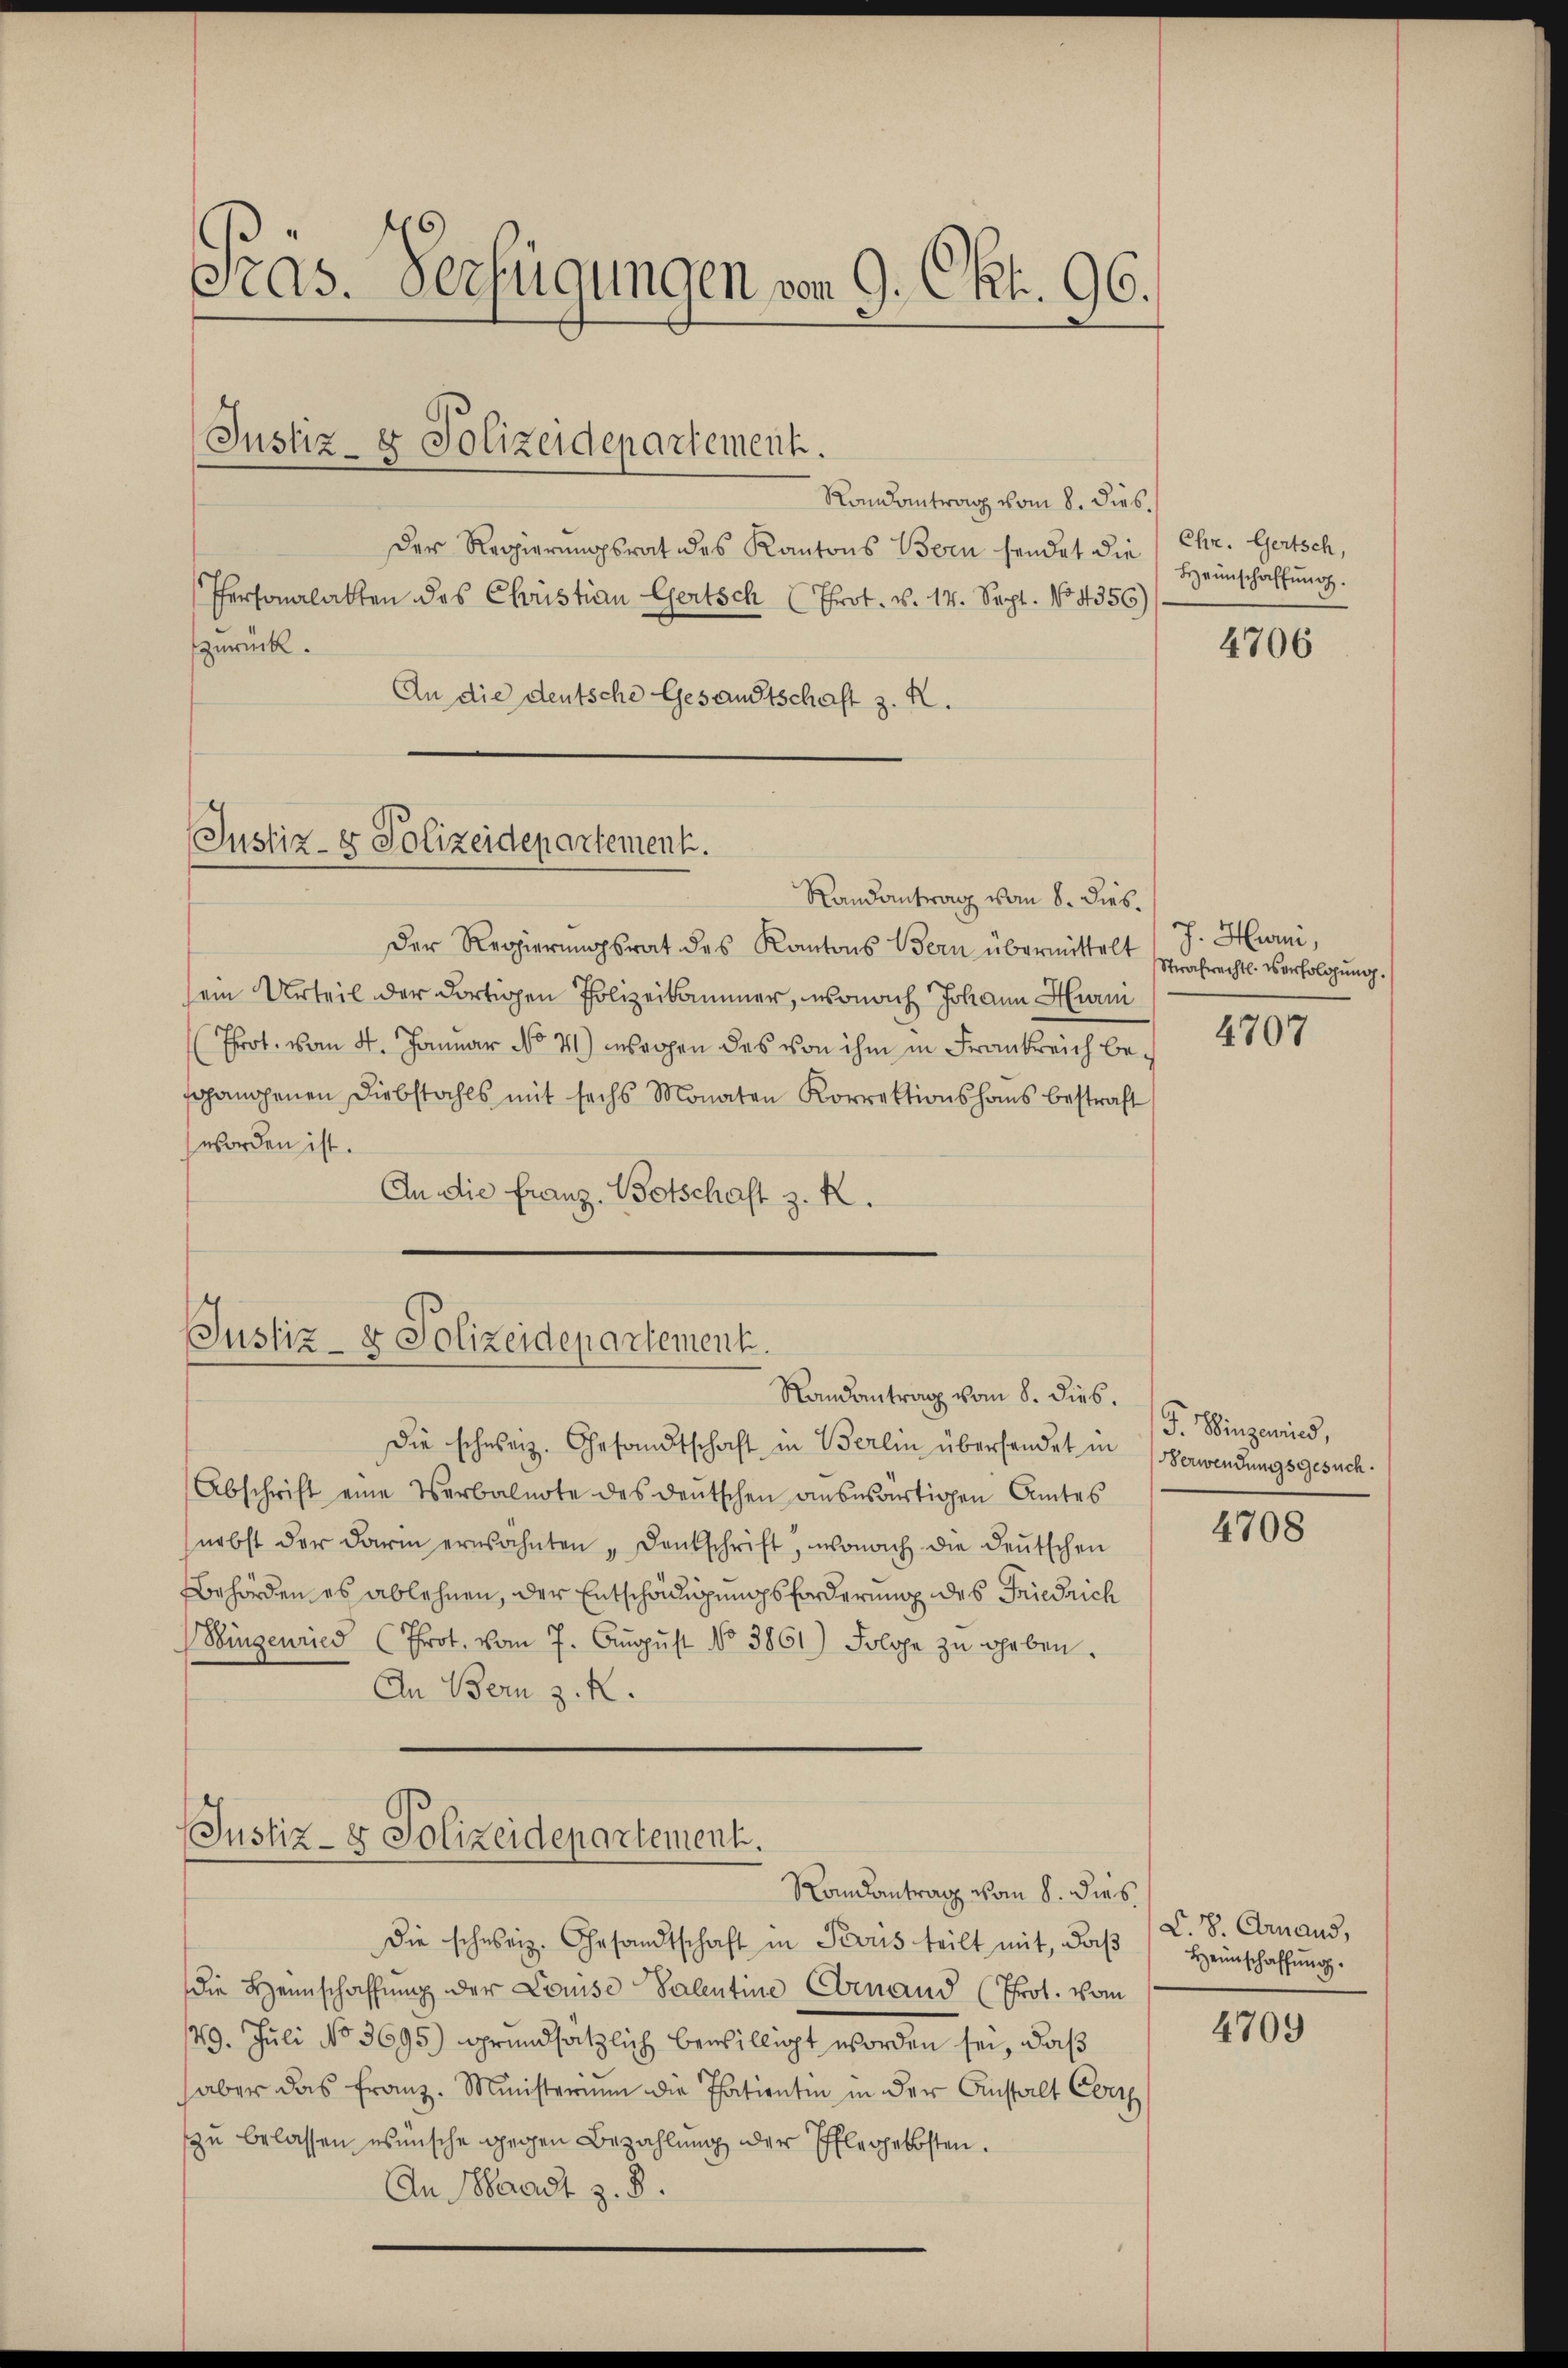
eas. Verfügungen von 9. Okt. 96.

Justiz- & Polizeidepartement.

Randantrag vom 8. dies.
Der Regierungsrat des Kantons Bern sendet die
Personalatten des Christian Gertsch (Prot. v. 14. Sept. No 4356)
zurück.
An die deutsche Gesandtschaft z. R.

(Justiz- & Polizeidepartement.

Randantrag vom 8. dies.
Der Regierungsrat des Kantons Bern übermittelt Strafrechts-Verfolgung.
sein Urteil der dortigen Polizeikammer, wonach Johann Him
Prot. vom 4. Januar No 71) wegen des von ihm in Frankreich besgangenen Diebstahls mit sechs Monaten Korrektionshaus bestraft
worden ist.
An die Franz. Botschaft z. K.

Justiz- & Polizeidepartement.
Randantrag vom 8. dies.

Die schweiz. Gesandtschaft in Berlin übersendet in Verwendungsgesuch.
Abschrift eine Verbalnote des deutschen auswärtigen Amtes
nebst der darin erwähnten "Denkschrift, wonach die deutschen
Behörden es ablehnen, der Entschädigungsforderung des Friedrich
Singenried (Prot. vom 7. Aŭgŭst No 3861) Folge zŭ geben.
An Bern z. R.

Justiz- & Polizeidepartement.
Randantrag vom 8. dies

die schweiz. Gesandtschaft in Paris teilt mit, daβ Heimschaffŭng
die Heimschaffung der Louise Valentine Command (Prot. vom
29. Juli No 3695) grundsätzlich bewilligt worden sei, daß
aber das Franz. Ministerium die Thatientin in der Anstalt Corr
zu belassen wünsche gegen Bezahlung der Pflegekosten.
An Waadt z. B.

Chr. Gertsch,
Heimschaffung.

4706

J. Hurni,

4707

F. Hingenies,

4708

L. 8. Crand,

4709